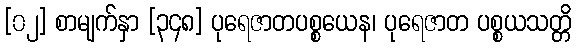
[၀၂] စာမျက်နှာ [၃၄၈] ပုရေဇာတပစ္စယေန၊ ပုရေဇာတ ပစ္စယသတ္တိ